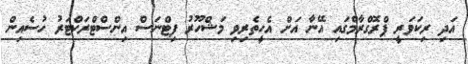
އަދި ރިކަވަރީ ޕްރޮގްރާމްގައި އޭނާ އަށް އެހީތެރިވި މަޝްހޫރު ފިޓްނަސް އިންސްޓްރަކްޓަރު ހުސެއިން